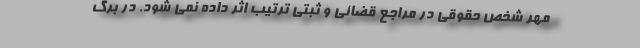
مهر شخص حقوقی در مراجع قضائی و ثبتی ترتیب اثر داده نمی شود. در برگ